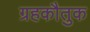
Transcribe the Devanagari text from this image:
ग्रहकौतुक